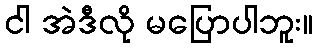
ငါ အဲဒီလို မပြောပါဘူး။